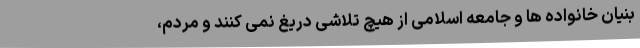
بنیان خانواده ها و جامعه اسلامی از هیچ تلاشی دریغ نمی کنند و مردم،